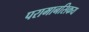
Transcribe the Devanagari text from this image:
परामानसिकय